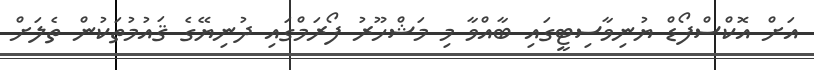
އަށް އޮކްސްފޯޑް ޔުނިވާސިޓީގައި ބާއްވާ މި މަޝްހޫރު ފޯރަމްގައި ދުނިޔޭގެ ޤައުމުތަކުން ތެލަށް